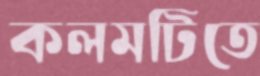
কলমটিতে